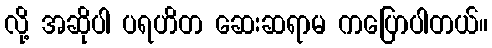
လို့ အဆိုပါ ပရဟိတ ဆေးဆရာမ ကပြောပါတယ်။